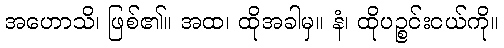
အဟောသိ၊ ဖြစ်၏။ အထ၊ ထိုအခါမှ။ နံ၊ ထိုပဉ္စင်းငယ်ကို။